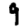
Digit: 9